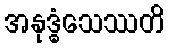
အနုဒ္ဓံသေဿတိ